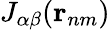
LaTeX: J_{\alpha\beta}({\mathbf r}_{nm})